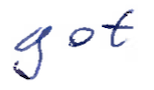
Text: got
Cross-out: clean
Writing tool: ballpoint